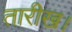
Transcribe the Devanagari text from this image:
तारीख।